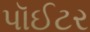
પૉઈટર